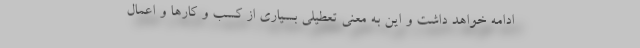
ادامه خواهد داشت و این به معنی تعطیلی بسیاری از کسب و کارها و اعمال